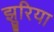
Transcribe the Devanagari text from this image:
झुरिया